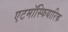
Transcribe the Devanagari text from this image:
एटमॉस्फियारिक